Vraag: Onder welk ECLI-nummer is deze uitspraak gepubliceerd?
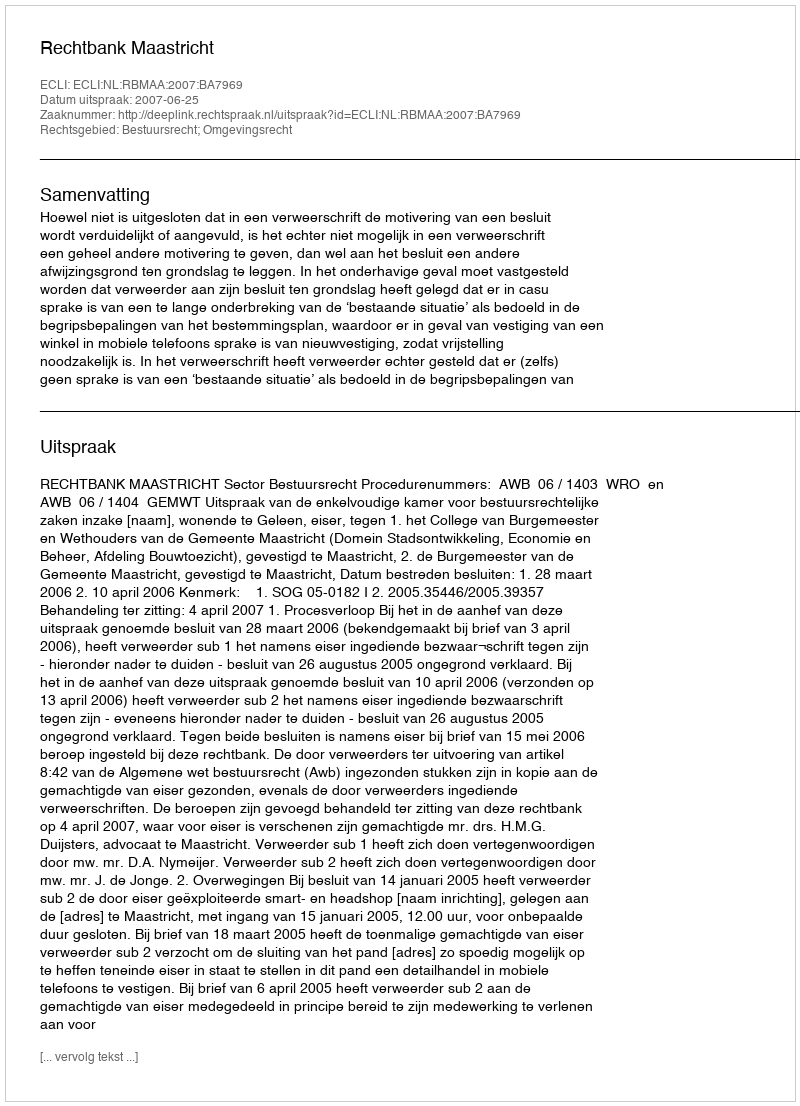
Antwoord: ECLI:NL:RBMAA:2007:BA7969